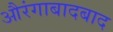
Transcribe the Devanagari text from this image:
औरंगाबादबाद